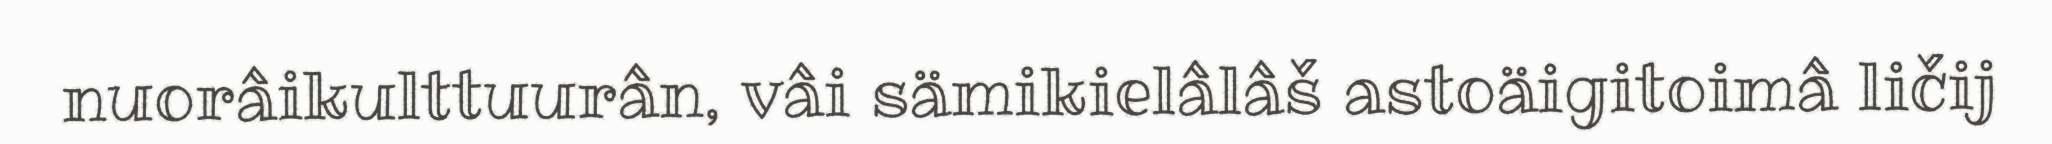
nuorâikulttuurân, vâi sämikielâlâš astoäigitoimâ ličij